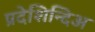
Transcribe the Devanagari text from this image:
प्रदेशिन्दिअ